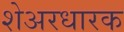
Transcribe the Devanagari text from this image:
शेअरधारक